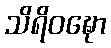
သိရိဝဍ္ဎော